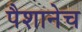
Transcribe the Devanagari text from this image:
पैशानेच